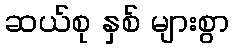
ဆယ်စု နှစ် များစွာ